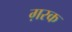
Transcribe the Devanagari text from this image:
ग़रक